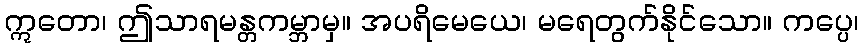
ဣတော၊ ဤသာရမန္တကမ္ဘာမှ။ အပရိမေယေ၊ မရေတွက်နိုင်သော။ ကပ္ပေ၊